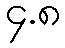
၄.၈